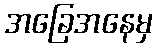
အခြေအနေမှ